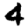
Digit: 4